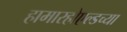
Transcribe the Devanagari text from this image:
हामारहोएल्डच्या